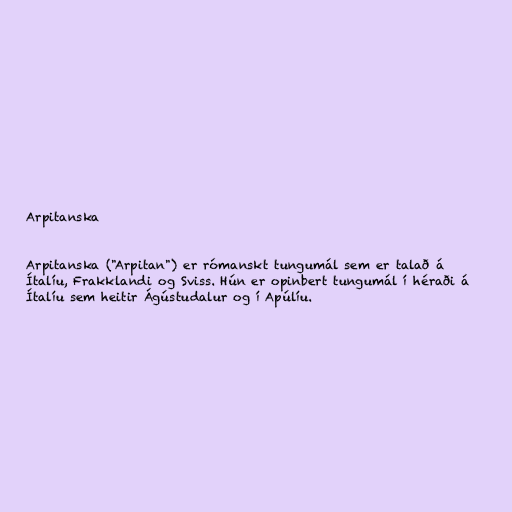
Arpitanska

Arpitanska ("Arpitan") er rómanskt tungumál sem er talað á
Ítalíu, Frakklandi og Sviss. Hún er opinbert tungumál í héraði á
Ítalíu sem heitir Ágústudalur og í Apúlíu.